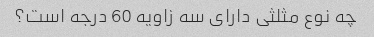
چه نوع مثلثی دارای سه زاویه 60 درجه است؟